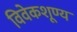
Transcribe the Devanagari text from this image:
विवेकशूण्य